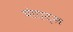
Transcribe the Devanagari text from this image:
मोएट्स